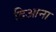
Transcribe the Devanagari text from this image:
दिआना